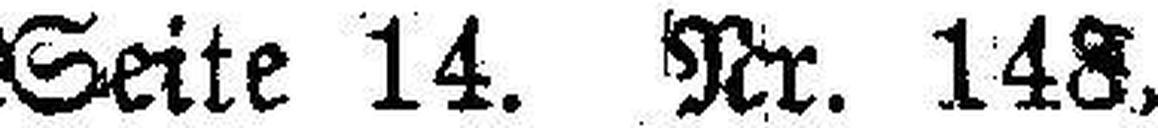
Seite 14. Nr. 148.